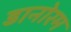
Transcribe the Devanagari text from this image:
डानोरम